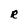
Character: R